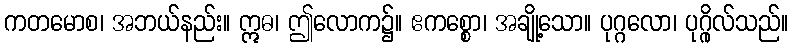
ကတမောစ၊ အဘယ်နည်း။ ဣဓ၊ ဤလောက၌။ ဧကစ္စော၊ အချို့သော။ ပုဂ္ဂလော၊ ပုဂ္ဂိုလ်သည်။